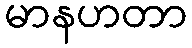
မာနဟတာ